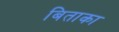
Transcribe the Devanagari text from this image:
बिताका